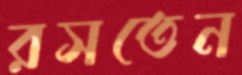
রসতেন